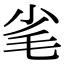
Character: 毟